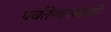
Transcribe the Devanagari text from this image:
पर्वतेश्‍वरस्वामी